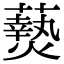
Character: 𬋖